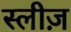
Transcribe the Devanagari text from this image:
स्लीज़